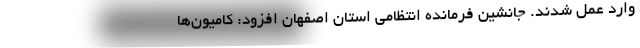
وارد عمل شدند. جانشین فرمانده انتظامی استان اصفهان افزود: کامیون‌ها